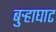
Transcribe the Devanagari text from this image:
बुऱ्हाघाट